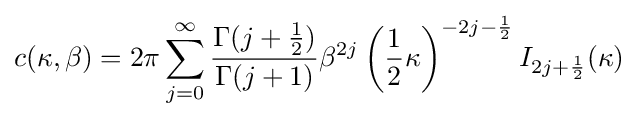
c(\kappa ,\beta )=2\pi \sum _{j=0}^{\infty }{\frac {\Gamma (j+{\frac {1}{2}})}{\Gamma (j+1)}}\beta ^{2j}\left({\frac {1}{2}}\kappa \right)^{-2j-{\frac {1}{2}}}I_{2j+{\frac {1}{2}}}(\kappa )